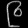
Digit: ၉